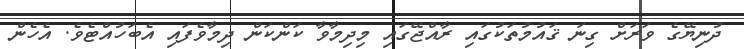
ދުނިޔޭގެ ވަރަށް ގިނަ ޤައުމުތަކުގައި ރާއްޖޭގައި މިދިމާވާ ކަންކަން ދިމާވެފައި އެބަހުއްޓެވެ. އެހެން